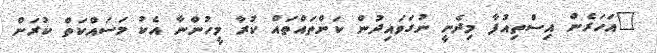
"އަހަރެން އިސްތިއުފާ މިދެނީ ނުގަވައިދުން ކަންތައްތައް ކުރާ މީހުންނާ އެކު މަސައްކަތް ކުރަން